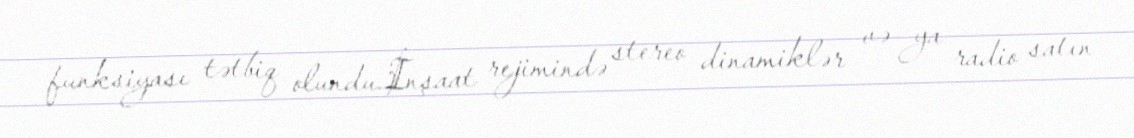
funksiyası tətbiq olundu.İnşaat rejimində stereo dinamiklər və ya radio satın